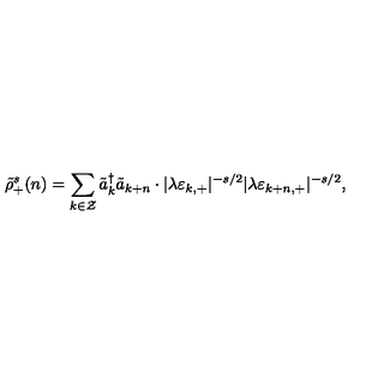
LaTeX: \tilde { \rho } _ { + } ^ { s } ( n ) = \sum _ { k \in \cal Z } \tilde { a } _ { k } ^ { \dagger } \tilde { a } _ { k + n } \cdot | \lambda \varepsilon _ { k , + } | ^ { - s / 2 } | \lambda \varepsilon _ { k + n , + } | ^ { - s / 2 } ,